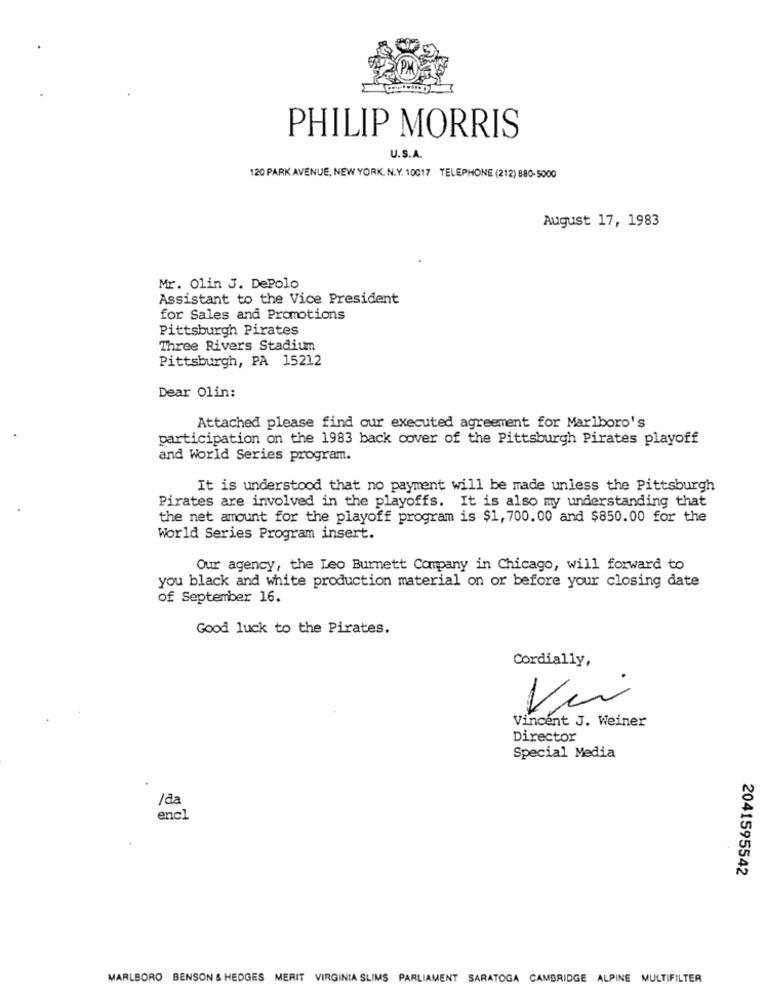
PHILIP MORRIS
U.S.A.
120 PARK AVENUE, NEW YORK, N.Y. 10017 TELEPHONE (212) 880-5000
August 17, 1983
Mr. Olin J. DePolo
Assistant to the Vice President
for Sales and Promotions
Pittsburgh Pirates
Three Rivers Stadium
Pittsburgh, PA 15212
Dear Olin:
Attached please find our executed agreement for Marlboro's
participation on the 1983 back cover of the Pittsburgh Pirates playoff
and World Series program.
It is understood that no payment will be made unless the Pittsburgh
Pirates are involved in the playoffs. It is also my understanding that
the net amount for the playoff program is $1, 700.00 and $850.00 for the
World Series Program insert.
Our agency, the Leo Burnett Company in Chicago, will forward to
you black and white production material on or before your closing date
of September 16.
Good luck to the Pirates.
Cordially,
Via
Vincent J. Weiner
Director
Special Media
/da
encl
2041595542
MARLBORO BENSON & HEDGES MERIT VIRGINIA SLIMS PARLIAMENT SARATOGA CAMBRIDGE ALPINE MULTIFILTER